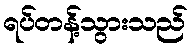
ရပ်တန့်သွားသည်